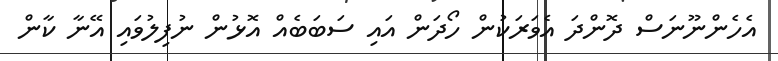
އެހެންނޫނަސް ދޮންދަ އެވަރަކުން ހޯދަން އައި ސަބަބެއް އޮޅުން ނުފިލުވައި އޭނާ ކާން